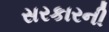
સરકારની